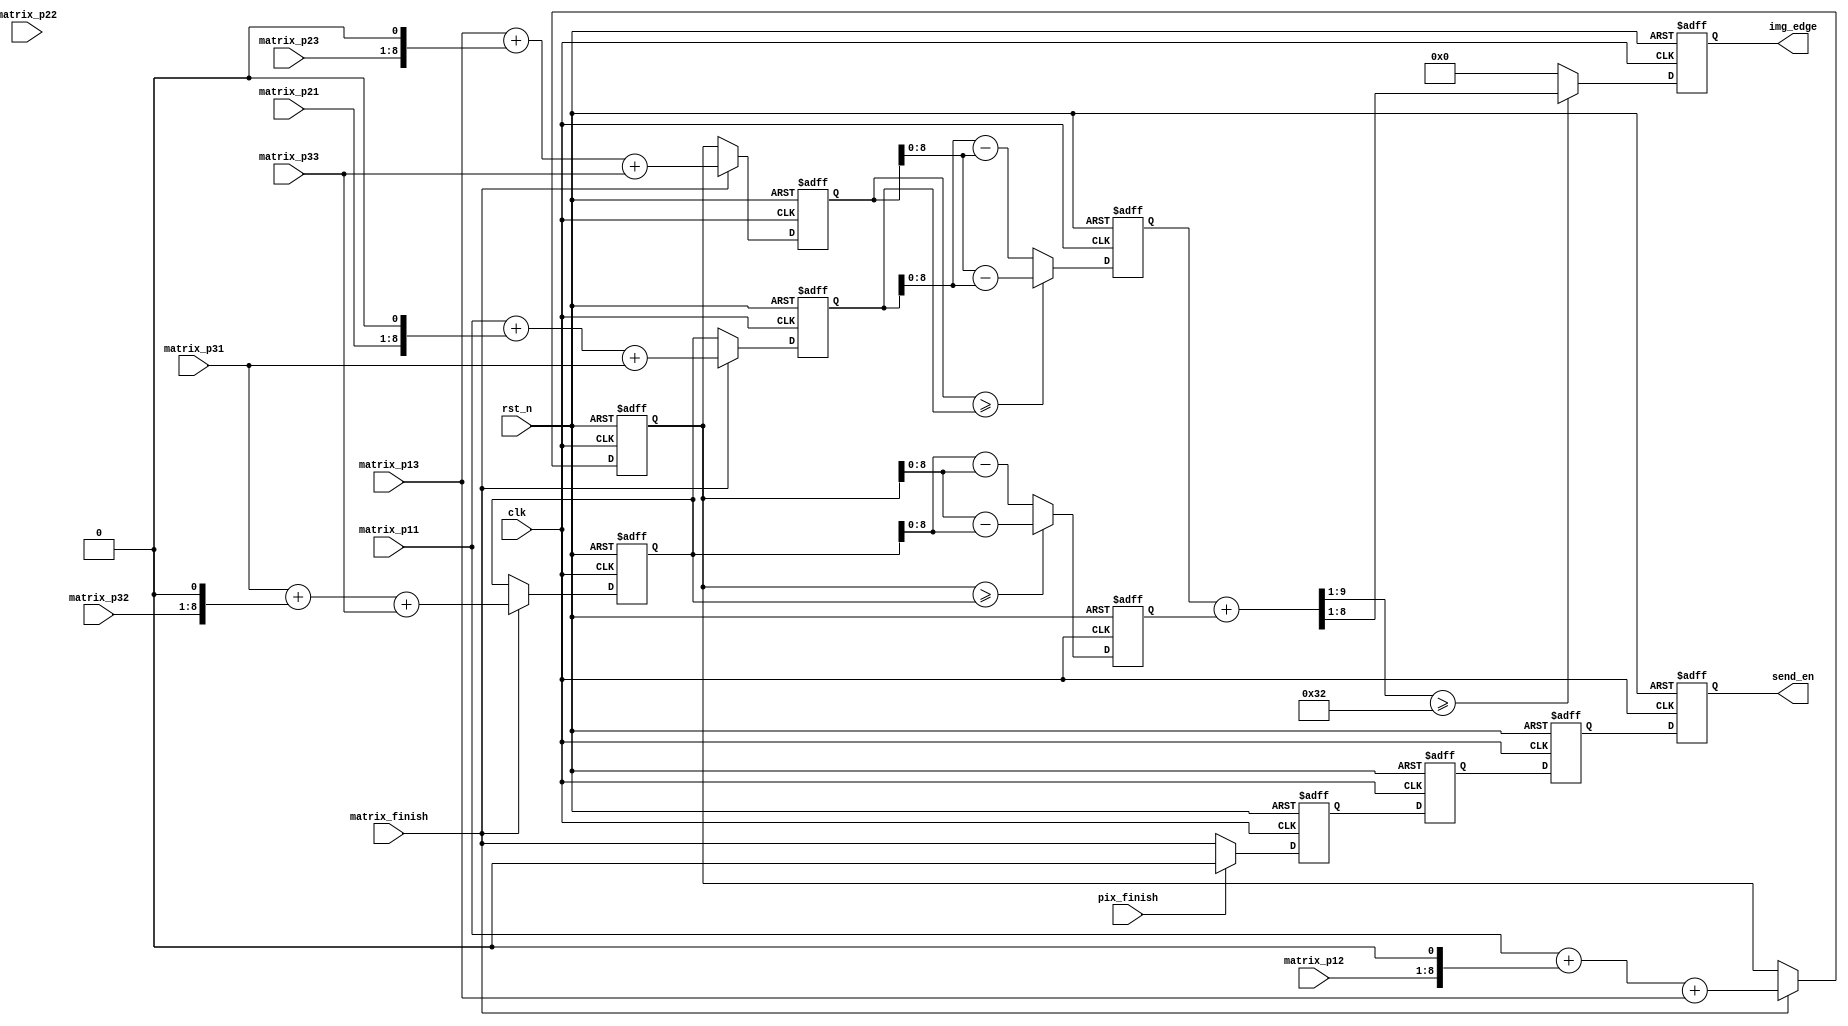
/*
 * @Descripttion: 
 * @Author: ISMY
 * @contact: mingyu_shu@tju.edu.cn
 * @version: 
 * @Date: 2024-03-26 10:45:42
 * @LastEditors: ISMY
 * @LastEditTime: 2024-03-26 15:12:01
 */

module sobel_edge_detector
    #(
    parameter   SOBEL_THRESHOLD = 50 //Sobel threshold
    )
    (
    input             clk          ,
    input             rst_n        , 
    input             matrix_finish,
    input             pix_finish   ,
    input      [7:0]  matrix_p11  ,
    input      [7:0]  matrix_p12  , 
    input      [7:0]  matrix_p13  ,
    input      [7:0]  matrix_p21  , 
    input      [7:0]  matrix_p22  , 
    input      [7:0]  matrix_p23  ,
    input      [7:0]  matrix_p31  , 
    input      [7:0]  matrix_p32  , 
    input      [7:0]  matrix_p33  ,
    output reg        send_en     , 
    output reg [7:0]  img_edge      
    );

    //reg define 
    reg [9:0]  gx_temp2  ; //third column value
    reg [9:0]  gx_temp1  ; //first column values
    reg [8:0]  gx_data   ; //partial derivatives in the x-direction
    reg [9:0]  gy_temp1  ; //first row of values
    reg [9:0]  gy_temp2  ; //third row of values
    reg [8:0]  gy_data   ; //the partial derivatives in the y-direction
    reg        send_en1;
    reg        send_en2;
    reg        send_en3;
    
    //Sobel kernel
    //         gx                  gy                  pixel
    // [   -1  0   +1  ]   [   +1  +2   +1 ]     [   P11  P12   P13 ]
    // [   -2  0   +2  ]   [   0   0    0  ]     [   P21  P22   P23 ]
    // [   -1  0   +1  ]   [   -1  -2   -1 ]     [   P31  P32   P33 ]

    //Step1 Calculate the partial derivative in the x-direction: clk1 
    always@(posedge clk or negedge rst_n)begin
        if(!rst_n)begin
            gy_temp1 <= 10'd0;
            gy_temp2 <= 10'd0;
        end
        else if (matrix_finish) begin
            gy_temp1 <= matrix_p13 + (matrix_p23 << 1) + matrix_p33; 
            gy_temp2 <= matrix_p11 + (matrix_p21 << 1) + matrix_p31; 
        end
        else begin 
            gy_temp1 <= gx_temp1;
            gy_temp2 <= gx_temp2;
        end
    end
    
    //Step2 Calculate the partial derivative in the x-direction: clk2 
    always@(posedge clk or negedge rst_n)begin
        if(!rst_n)begin
            gy_data <=  9'd0;
        end
        else begin
            gy_data  <= (gy_temp1 >= gy_temp2) ? gy_temp1 - gy_temp2 : (gy_temp2 - gy_temp1);
        end
    end

    //Step1 Calculate the partial derivative in the y-direction: clk1 
    always@(posedge clk or negedge rst_n)begin
        if(!rst_n)begin
            gx_temp1 <= 10'd0;
            gx_temp2 <= 10'd0;
        end
        else if (matrix_finish) begin
            gx_temp1 <= matrix_p11 + (matrix_p12 << 1) + matrix_p13;
            gx_temp2 <= matrix_p31 + (matrix_p32 << 1) + matrix_p33;
        end
        else begin 
            gx_temp1 <= gx_temp1;
            gx_temp2 <= gx_temp2;
        end
    end
    
    //Step2 Calculate the partial derivative in the y-direction: clk2 
    always@(posedge clk or negedge rst_n)begin
        if(!rst_n)begin
            gx_data <=  9'd0;
        end
        else  begin
            gx_data  <= (gx_temp1 >= gx_temp2) ? gx_temp1 - gx_temp2 : (gx_temp2 - gx_temp1);
        end
    end

    //Step3 Estimated gradient value calculation: clk3
    always@(posedge clk or negedge rst_n)begin
        if(!rst_n)begin
            img_edge <= 1'b0; 
        end
        else begin
            img_edge <= ((gy_data+gx_data)>>1 >= SOBEL_THRESHOLD) ? (gy_data+gx_data)>>1 : 0;
        end
    end

    //Output Enable Signal
    always @(posedge clk or negedge rst_n)begin
        if(!rst_n) begin 
            send_en1  <= 1'b1;
            send_en2  <= 1'b0;
            send_en3  <= 1'b0;
            send_en   <= 1'b0;
        end
        else if(pix_finish) begin
            send_en1 <= 1'b0    ;
            send_en2 <= send_en1;
            send_en3 <= send_en2;
            send_en  <= send_en3;
        end
        else begin
            send_en1 <= matrix_finish;
            send_en2 <= send_en1;
            send_en3 <= send_en2;
            send_en  <= send_en3;
        end
    end

endmodule